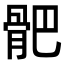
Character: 𩨜